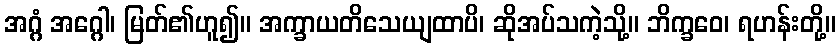
အဂ္ဂံ အဂ္ဂေါ၊ မြတ်၏ဟူ၍။ အက္ခာယတိသေယျထာပိ၊ ဆိုအပ်သကဲ့သို့။ ဘိက္ခဝေ၊ ရဟန်းတို့။